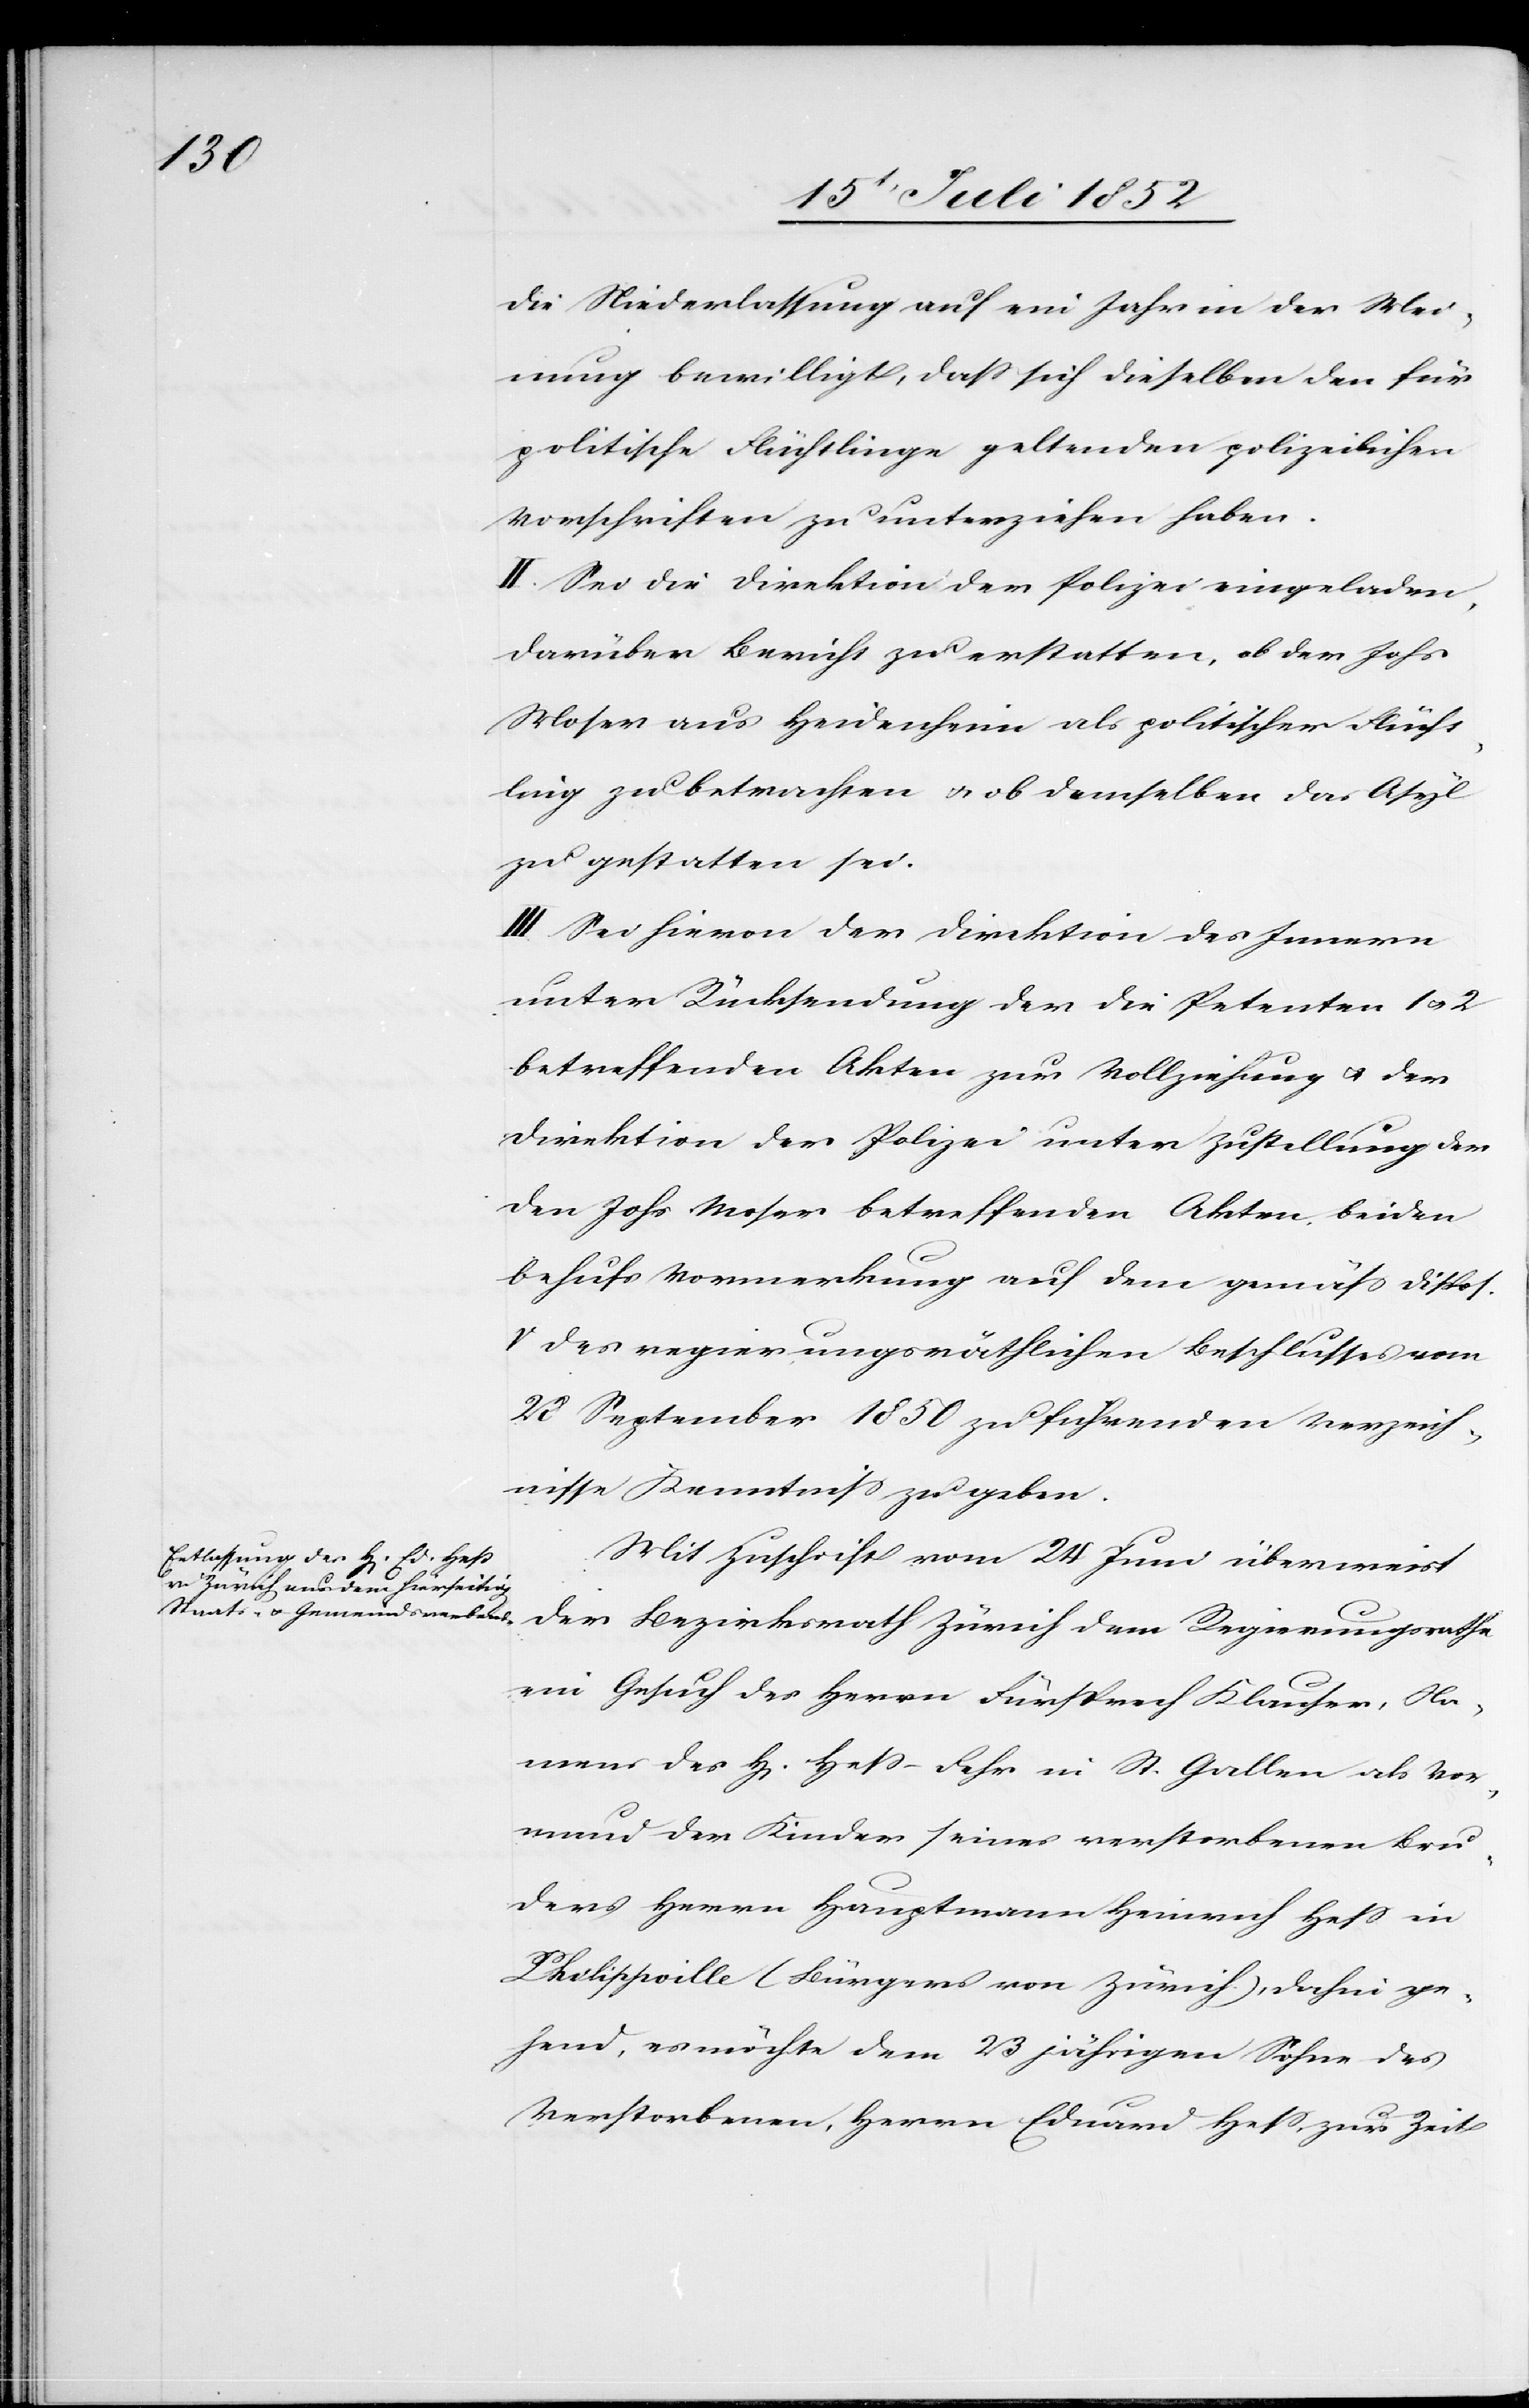
die Niederlassung auf ein Jahr in der Mei¬
nung bewilligt, dass sich dieselben den für
politische Flüchtlinge geltenden polizeilichen
Vorschriften zu unterziehen haben.
II. Sei die Direktion der Polizei eingeladen,
darüber Bericht zu erstatten, ob der Johs
Moser aus Heidenheim als politischer Flücht¬
ling zu betrachten & ob demselben das Asyl
zu gestatten sei.
III. Sei hievon der Direktion des Innern
unter Rücksendung der die Petenten 1 & 2
betreffenden Akten zur Vollziehung & der
Direktion der Polizei unter Zustellung der
den Johs. Moser betreffenden Akten, beiden
behufs Vormerkung auf dem gemäss Dispos.
V des regierungsräthlichen Beschlusses vom
28 September 1850 zu führenden Verzeich¬
nisse Kenntniss zu geben.
Mit Zuschrift vom 24 Juni überweist
der Bezirksrath Zürich dem Regierungsrathe
ein Gesuch des Herrn Fürsprech Klauser, Na¬
mens des H[errn] Heß-Fehr in St. Gallen als Vor¬
mund der Kinder seines verstorbenen Bru¬
ders Herrn Hauptmann Heinrich Hess in
Philippville (Bürgers von Zürich), dahin ge¬
hend, es möchte dem 23 jährigen Sohne des
Verstorbenen, Herrn Eduard Hess, zur Zeit